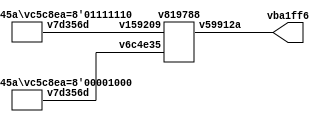
// Code generated by Icestudio 0.3.1
// Sun, 04 Feb 2018 18:48:42 GMT

`default_nettype none

module main #(
 parameter vaaa059 = 8'd126,
 parameter v18b105 = 8'b0001000
) (
 output [7:0] vba1ff6
);
 localparam p0 = v18b105;
 localparam p1 = vaaa059;
 wire [0:7] w2;
 wire [0:7] w3;
 wire [0:7] w4;
 assign vba1ff6 = w4;
 v36d45a #(
  .vc5c8ea(p0)
 ) vae27d1 (
  .v7d356d(w3)
 );
 v36d45a #(
  .vc5c8ea(p1)
 ) v18a321 (
  .v7d356d(w2)
 );
 v819788 v5304aa (
  .v159209(w2),
  .v6c4e35(w3),
  .v59912a(w4)
 );
endmodule

module v36d45a #(
 parameter vc5c8ea = 8'h00
) (
 output [7:0] v7d356d
);
 localparam p1 = vc5c8ea;
 wire [0:7] w0;
 assign v7d356d = w0;
 v36d45a_v465065 #(
  .V(p1)
 ) v465065 (
  .k(w0)
 );
endmodule

module v36d45a_v465065 #(
 parameter V = 0
) (
 output [7:0] k
);
 assign k = V;
endmodule

module v819788 (
 input [7:0] v6c4e35,
 input [7:0] v159209,
 output [7:0] v59912a
);
 wire [0:7] w0;
 wire [0:7] w1;
 wire w2;
 wire w3;
 wire w4;
 wire w5;
 wire w6;
 wire w7;
 wire w8;
 wire w9;
 wire [0:7] w10;
 wire [0:7] w11;
 wire w12;
 wire w13;
 wire w14;
 wire [0:7] w15;
 wire w16;
 wire w17;
 wire w18;
 wire w19;
 wire [0:7] w20;
 wire w21;
 wire w22;
 wire w23;
 wire w24;
 wire [0:7] w25;
 wire w26;
 wire [0:7] w27;
 wire [0:7] w28;
 wire [0:7] w29;
 wire w30;
 wire w31;
 wire w32;
 wire w33;
 wire w34;
 wire w35;
 wire w36;
 wire w37;
 wire w38;
 wire w39;
 wire w40;
 wire w41;
 assign w0 = v6c4e35;
 assign v59912a = w1;
 assign w10 = v159209;
 assign w11 = v159209;
 assign w15 = v159209;
 assign w20 = v159209;
 assign w25 = v159209;
 assign w27 = v159209;
 assign w28 = v159209;
 assign w29 = v159209;
 assign w7 = w5;
 assign w8 = w6;
 assign w11 = w10;
 assign w12 = w6;
 assign w12 = w8;
 assign w13 = w9;
 assign w15 = w10;
 assign w15 = w11;
 assign w17 = w9;
 assign w17 = w13;
 assign w18 = w14;
 assign w20 = w10;
 assign w20 = w11;
 assign w20 = w15;
 assign w22 = w14;
 assign w22 = w18;
 assign w23 = w19;
 assign w25 = w10;
 assign w25 = w11;
 assign w25 = w15;
 assign w25 = w20;
 assign w27 = w10;
 assign w27 = w11;
 assign w27 = w15;
 assign w27 = w20;
 assign w27 = w25;
 assign w28 = w10;
 assign w28 = w11;
 assign w28 = w15;
 assign w28 = w20;
 assign w28 = w25;
 assign w28 = w27;
 assign w29 = w10;
 assign w29 = w11;
 assign w29 = w15;
 assign w29 = w20;
 assign w29 = w25;
 assign w29 = w27;
 assign w29 = w28;
 assign w33 = w19;
 assign w33 = w23;
 assign w34 = w24;
 assign w36 = w24;
 assign w36 = w34;
 assign w37 = w35;
 assign w38 = w4;
 assign w39 = w35;
 assign w39 = w37;
 assign w40 = w4;
 assign w40 = w38;
 assign w41 = w5;
 assign w41 = w7;
 vc98179 vcf97ce (
  .v543360(w2),
  .v92fcd7(w4),
  .v8a69ea(w5),
  .vb0d020(w6),
  .v99a2e5(w10)
 );
 v93b074 vb982da (
  .v33b98d(w0),
  .v4d0c0b(w4),
  .v9bf50f(w5),
  .v30621f(w6),
  .vaad98c(w9),
  .v2fd945(w14),
  .vc1cbd5(w19),
  .v660924(w24),
  .v8c2a58(w35)
 );
 vbc2194 v9a59b8 (
  .vd2f4f6(w1),
  .v8fadf3(w2),
  .v431371(w3),
  .v8fe173(w16),
  .v954afa(w21),
  .v2f760e(w26),
  .vb8624e(w30),
  .v9bb63a(w31),
  .v21b35a(w32)
 );
 vc98179 vc1c0dc (
  .v543360(w3),
  .v92fcd7(w7),
  .v8a69ea(w8),
  .vb0d020(w9),
  .v99a2e5(w11)
 );
 vc98179 v5c8168 (
  .v92fcd7(w12),
  .v8a69ea(w13),
  .vb0d020(w14),
  .v99a2e5(w15),
  .v543360(w16)
 );
 vc98179 vbf1b4e (
  .v92fcd7(w17),
  .v8a69ea(w18),
  .vb0d020(w19),
  .v99a2e5(w20),
  .v543360(w21)
 );
 vc98179 v6ab3d7 (
  .v92fcd7(w22),
  .v8a69ea(w23),
  .vb0d020(w24),
  .v99a2e5(w25),
  .v543360(w26)
 );
 vc98179 v342102 (
  .v99a2e5(w27),
  .v543360(w32),
  .v92fcd7(w33),
  .v8a69ea(w34),
  .vb0d020(w35)
 );
 vc98179 v88fc22 (
  .v99a2e5(w28),
  .v543360(w31),
  .v92fcd7(w36),
  .v8a69ea(w37),
  .vb0d020(w38)
 );
 vc98179 v40e1a8 (
  .v99a2e5(w29),
  .v543360(w30),
  .v92fcd7(w39),
  .v8a69ea(w40),
  .vb0d020(w41)
 );
endmodule

module vc98179 (
 input v92fcd7,
 input v8a69ea,
 input vb0d020,
 input [7:0] v99a2e5,
 output v543360
);
 wire w0;
 wire w1;
 wire w2;
 wire [0:7] w3;
 wire w4;
 assign w0 = v92fcd7;
 assign w1 = v8a69ea;
 assign w2 = vb0d020;
 assign w3 = v99a2e5;
 assign v543360 = w4;
 vc98179_v38eb7f v38eb7f (
  .a(w0),
  .b(w1),
  .c(w2),
  .rule(w3),
  .out(w4)
 );
endmodule

module vc98179_v38eb7f (
 input a,
 input b,
 input c,
 input [7:0] rule,
 output out
);
 assign out = rule[{c, b, a}];
endmodule

module v93b074 (
 input [7:0] v33b98d,
 output v9bf50f,
 output vc1cbd5,
 output v660924,
 output v30621f,
 output vaad98c,
 output v8c2a58,
 output v2fd945,
 output v4d0c0b
);
 wire w0;
 wire w1;
 wire w2;
 wire w3;
 wire w4;
 wire w5;
 wire w6;
 wire w7;
 wire [0:7] w8;
 assign v9bf50f = w0;
 assign v4d0c0b = w1;
 assign v30621f = w2;
 assign vaad98c = w3;
 assign v2fd945 = w4;
 assign v8c2a58 = w5;
 assign v660924 = w6;
 assign vc1cbd5 = w7;
 assign w8 = v33b98d;
 v93b074_v9469a1 v9469a1 (
  .out0(w0),
  .out7(w1),
  .out1(w2),
  .out2(w3),
  .out3(w4),
  .out6(w5),
  .out5(w6),
  .out4(w7),
  .in(w8)
 );
endmodule

module v93b074_v9469a1 (
 input [7:0] in,
 output out0,
 output out1,
 output out2,
 output out3,
 output out4,
 output out5,
 output out6,
 output out7
);
 assign out0 = in[0];
 assign out1 = in[1];
 assign out2 = in[2];
 assign out3 = in[3];
 assign out4 = in[4];
 assign out5 = in[5];
 assign out6 = in[6];
 assign out7 = in[7];
 
endmodule

module vbc2194 (
 input v8fadf3,
 input v431371,
 input v8fe173,
 input v954afa,
 input v2f760e,
 input v21b35a,
 input v9bb63a,
 input vb8624e,
 output [7:0] vd2f4f6
);
 wire [0:7] w0;
 wire w1;
 wire w2;
 wire w3;
 wire w4;
 wire w5;
 wire w6;
 wire w7;
 wire w8;
 assign vd2f4f6 = w0;
 assign w1 = v8fadf3;
 assign w2 = v431371;
 assign w3 = v8fe173;
 assign w4 = v954afa;
 assign w5 = v2f760e;
 assign w6 = v21b35a;
 assign w7 = v9bb63a;
 assign w8 = vb8624e;
 vbc2194_v5e3d5c v5e3d5c (
  .out(w0),
  .in0(w1),
  .in1(w2),
  .in2(w3),
  .in3(w4),
  .in4(w5),
  .in5(w6),
  .in6(w7),
  .in7(w8)
 );
endmodule

module vbc2194_v5e3d5c (
 input in0,
 input in1,
 input in2,
 input in3,
 input in4,
 input in5,
 input in6,
 input in7,
 output [7:0] out
);
 assign out={
     in7,
     in6,
     in5,
     in4,
     in3,
     in2,
     in1,
     in0
 };
endmodule